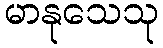
မာနုသေသု